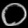
Digit: ၀